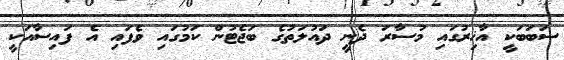
ސަބަބަކީ އާޚިރުގައި މުސާރަ ދެނީ ދައުލަތުގެ ބަޖެޓުން ކަމުގައި ވެފައި އެ ފައިސާއަކީ